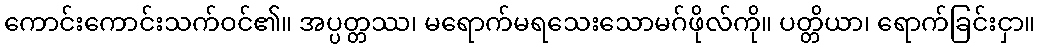
ကောင်းကောင်းသက်ဝင်၏။ အပ္ပတ္တဿ၊ မရောက်မရသေးသောမဂ်ဖိုလ်ကို။ ပတ္တိယာ၊ ရောက်ခြင်းငှာ။